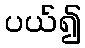
ပယ်၍